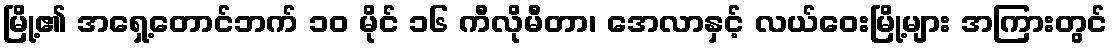
မြို့၏ အရှေ့တောင်ဘက် ၁၀ မိုင် ၁၆ ကီလိုမီတာ၊ အေလာနှင့် လယ်ဝေးမြို့များ အကြားတွင်